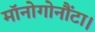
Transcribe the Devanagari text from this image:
मॉनोगोनौंटा।